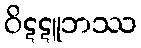
ဝိဋဋူဘဿ